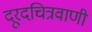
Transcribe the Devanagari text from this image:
दूरदचित्रवाणी